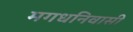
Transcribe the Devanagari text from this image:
मगधनिवासी